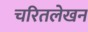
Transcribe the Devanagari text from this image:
चरितलेखन